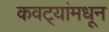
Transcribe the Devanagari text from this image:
कवट्यांमधून